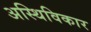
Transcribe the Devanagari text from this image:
अस्थिविकार